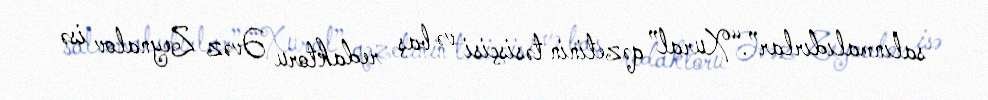
salınmalıdırlar”.“Xural” qəzetinin təsisçisi və baş redaktoru Əvəz Zeynalov isə